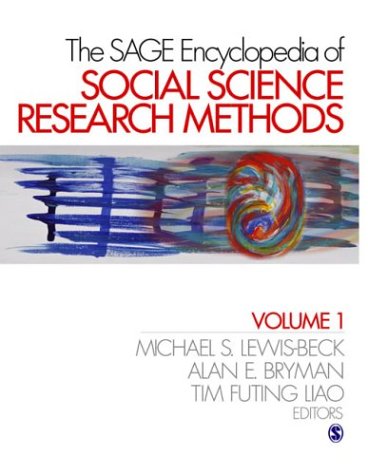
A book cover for The SAGE Encyclopedia of Social Science Research Methods; Michael S. Lewis-Beck; Politics & Social Sciences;